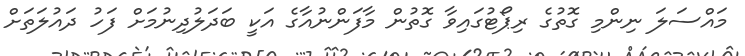
މައްސަލަ ނިންމި ގޮތުގެ ރިޕޯޓުގައިވާ ގޮތުން މާފަންނުއާގެ އަކީ ބަދަލުދިނުމަށް ފަހު ދައުލަތަށް